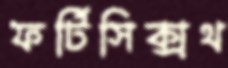
ফর্টিসিক্সথ